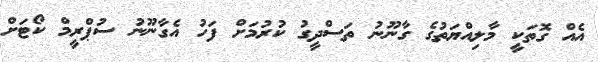
އެއް ގޮތަކީ މާލިއްޔަތުގެ ގާނޫނު ތަސްދީގު ކުރުމަށް ފަހު އެގާނޫނު ސުޕްރީމް ކޯޓަށް